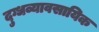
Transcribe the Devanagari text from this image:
दुग्धव्यावसायिक